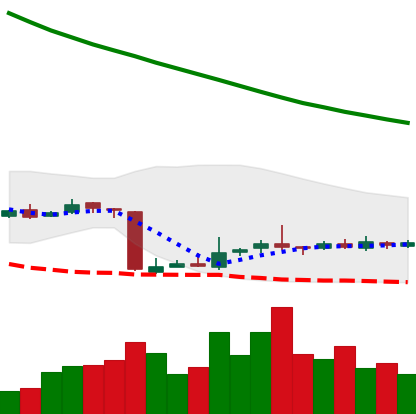
Ticker: NEO-USD
Chart end date: 2018-10-24
Forward return: -7.916%
Label: down_7plus